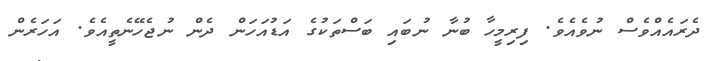
ދެރައެއްވެސް ނުވެއެވެ. ފިރިމީހާ ބުނާ ނުބައި ބަސްތަކުގެ އަޑުއަހަން ދެން ނުޖެހޭނެތީއެވެ. އަހަރެން